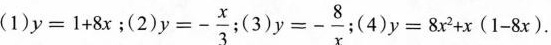
(1)$$y=1+8x$$；(2) $$y=- \frac{x}{3}$$; (3) $$y=- \frac{8}{x}$$;(4)$$y=8x^{2}+x(1-8x)$$.